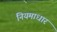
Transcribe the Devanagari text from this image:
नियमाधार